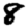
Digit: 8